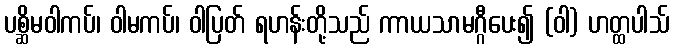
ပစ္ဆိမဝါကပ်၊ ဝါမကပ်၊ ဝါပြတ် ရဟန်းတို့သည် ကာယသာမဂ္ဂီပေး၍ (ဝါ) ဟတ္ထပါသ်